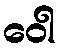
ဝေါ